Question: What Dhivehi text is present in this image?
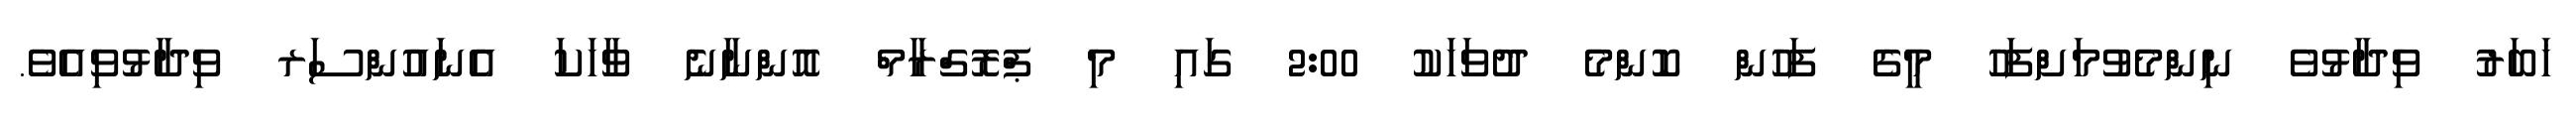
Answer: ޚަބަރު ވިދާޅުވެ ނިންމެވުމަށްފަހު މީގެ ފަހުން ކޮންމެ ދުވަހަކު 2:00 ގައި މި ޕްރޮގްރާމް އޮންނާނެ ވާހަކަ އެނައުންސަރ ވިދާޅުވިއެވެ.